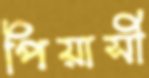
পিয়াসী